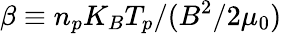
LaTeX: \beta\equiv n_{p}K_{B}T_{p}/(B^{2}/2\mu_{0})